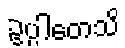
ဥပ္ပါတေသိ